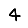
Digit: 4